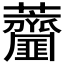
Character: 𧆌